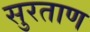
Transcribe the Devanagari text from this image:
सुरताण